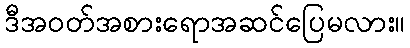
ဒီအဝတ်အစားရောအဆင်ပြေမလား။